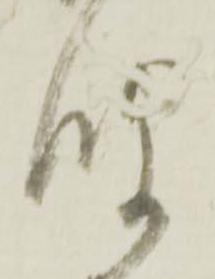
波